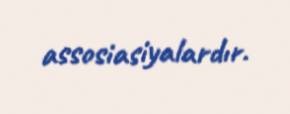
assosiasiyalardır.